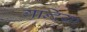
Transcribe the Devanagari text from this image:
गन्दिया